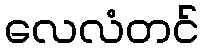
လေလံတင်